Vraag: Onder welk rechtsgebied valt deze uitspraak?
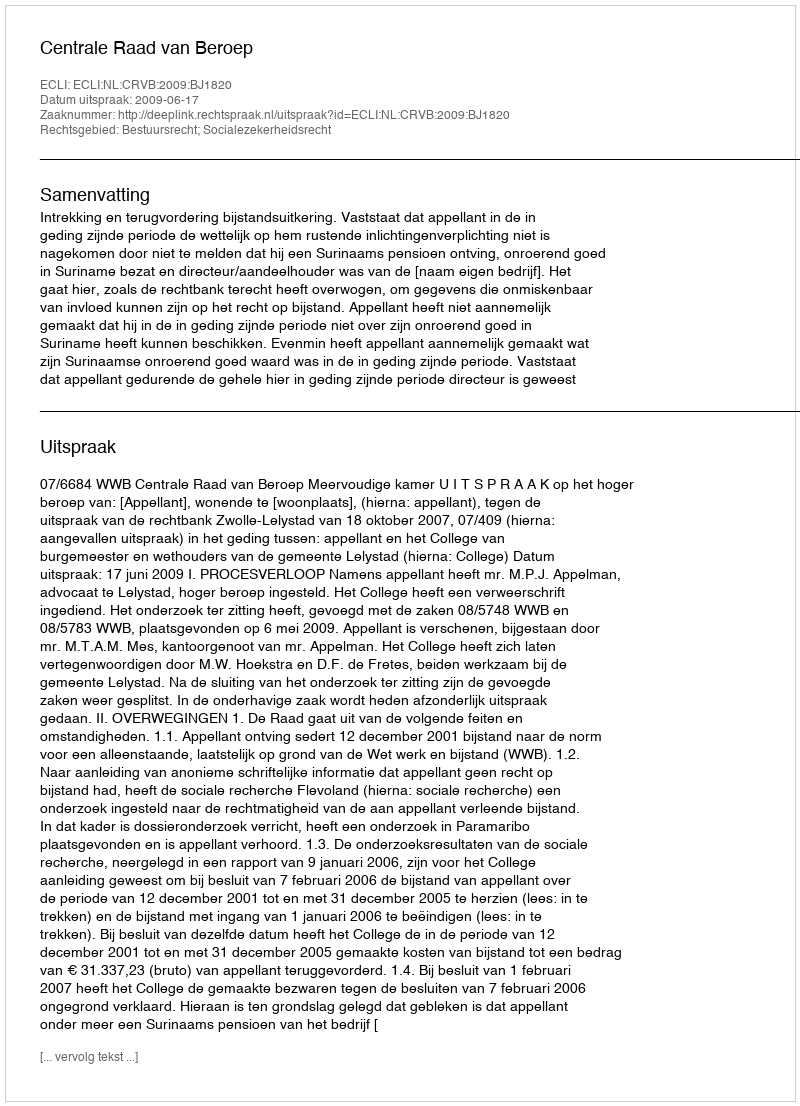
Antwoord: Bestuursrecht; Socialezekerheidsrecht